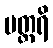
ပတ္ထရိ